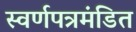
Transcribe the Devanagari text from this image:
स्वर्णपत्रमंडित